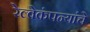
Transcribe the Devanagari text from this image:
रेल्वेकंपन्यांचे